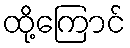
ထို့ကြောင်